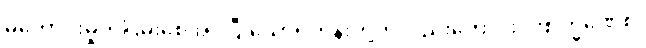
မကောင်းမှုကိုငြိမ်းစေအပ်ပြီးသောရဟန်းတို့ကိုလည်းကောင်း။ ဗြာဟ္မဏေစ၊